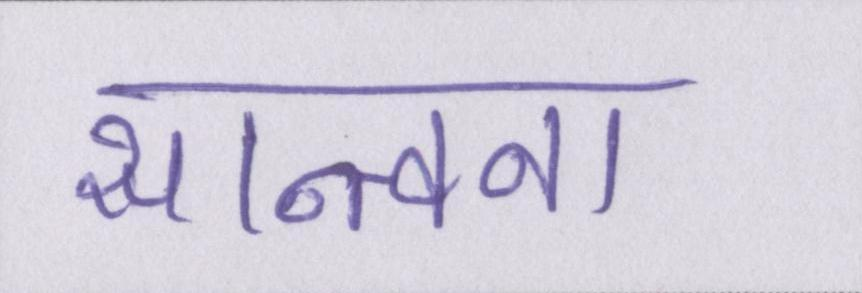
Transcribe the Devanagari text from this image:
सान्त्वना